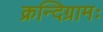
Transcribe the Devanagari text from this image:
क्रन्दिग्रामः